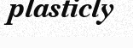
plasticly